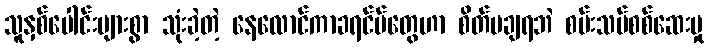
သူနှစ်ပေါင်းများစွာ သုံးခဲ့တဲ့ နေလောင်ကာခရင်မ်တွေဟာ စိတ်မချရဘဲ စမ်းသပ်စစ်ဆေးမှု